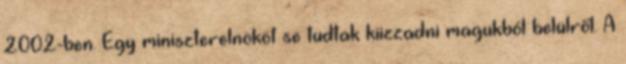
2002-ben. Egy miniszterelnököt se tudtak kiizzadni magukból belülről. A